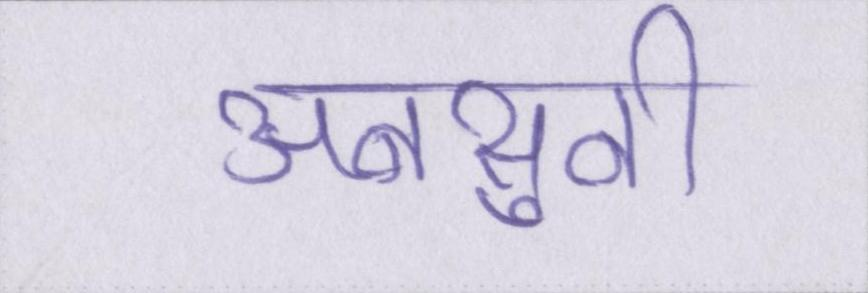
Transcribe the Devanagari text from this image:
अनसुनी